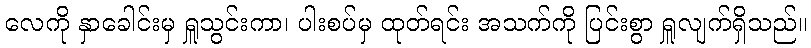
လေကို နှာခေါင်းမှ ရှူသွင်းကာ၊ ပါးစပ်မှ ထုတ်ရင်း အသက်ကို ပြင်းစွာ ရှူလျက်ရှိသည်။